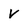
Character: V